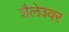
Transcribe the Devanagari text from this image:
शैलेश्‍वर